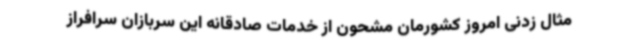
مثال زدنی امروز کشورمان مشحون از خدمات صادقانه این سربازان سرافراز